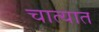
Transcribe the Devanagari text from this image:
चात्यात